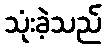
သုံးခဲ့သည်